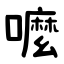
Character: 嚒